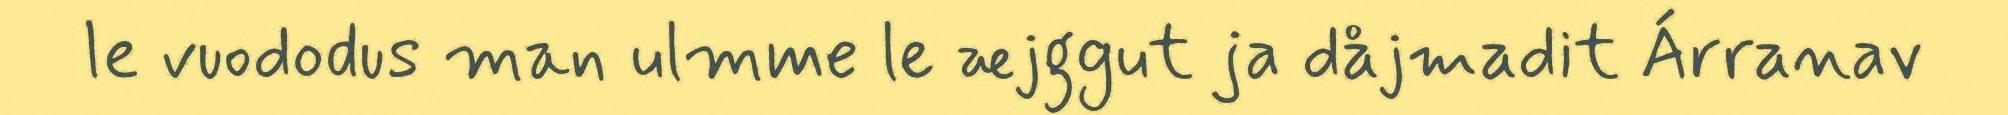
le vuododus man ulmme le æjggut ja dåjmadit Árranav